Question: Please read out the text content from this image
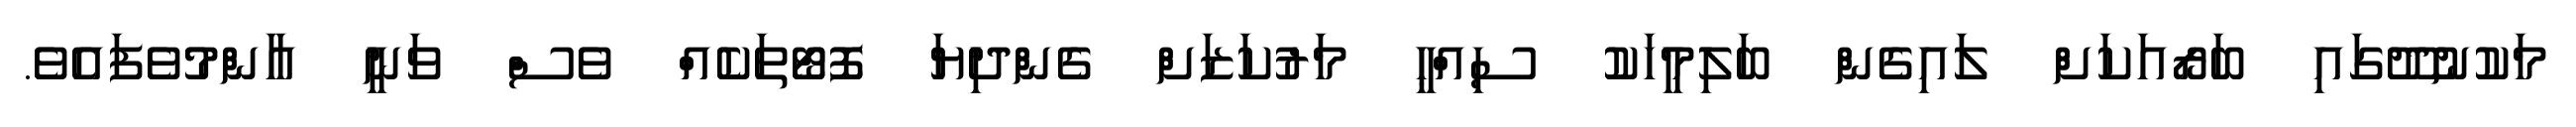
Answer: މަކުނުދޫގައި ބަރޯއަކަށް ލައިގެން ބަލިމީހަކު ސިއްޙީ މަރުކަޒަށް ގެންދިޔަ ފޮޓޯތަކެއް ވެސް ވަނީ އާންމުވެފައެވެ.